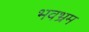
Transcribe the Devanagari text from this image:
भवभ्रम